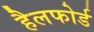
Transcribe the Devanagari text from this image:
हैलफोर्ड